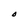
Character: O